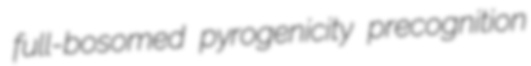
full-bosomed pyrogenicity precognition